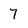
Character: 7